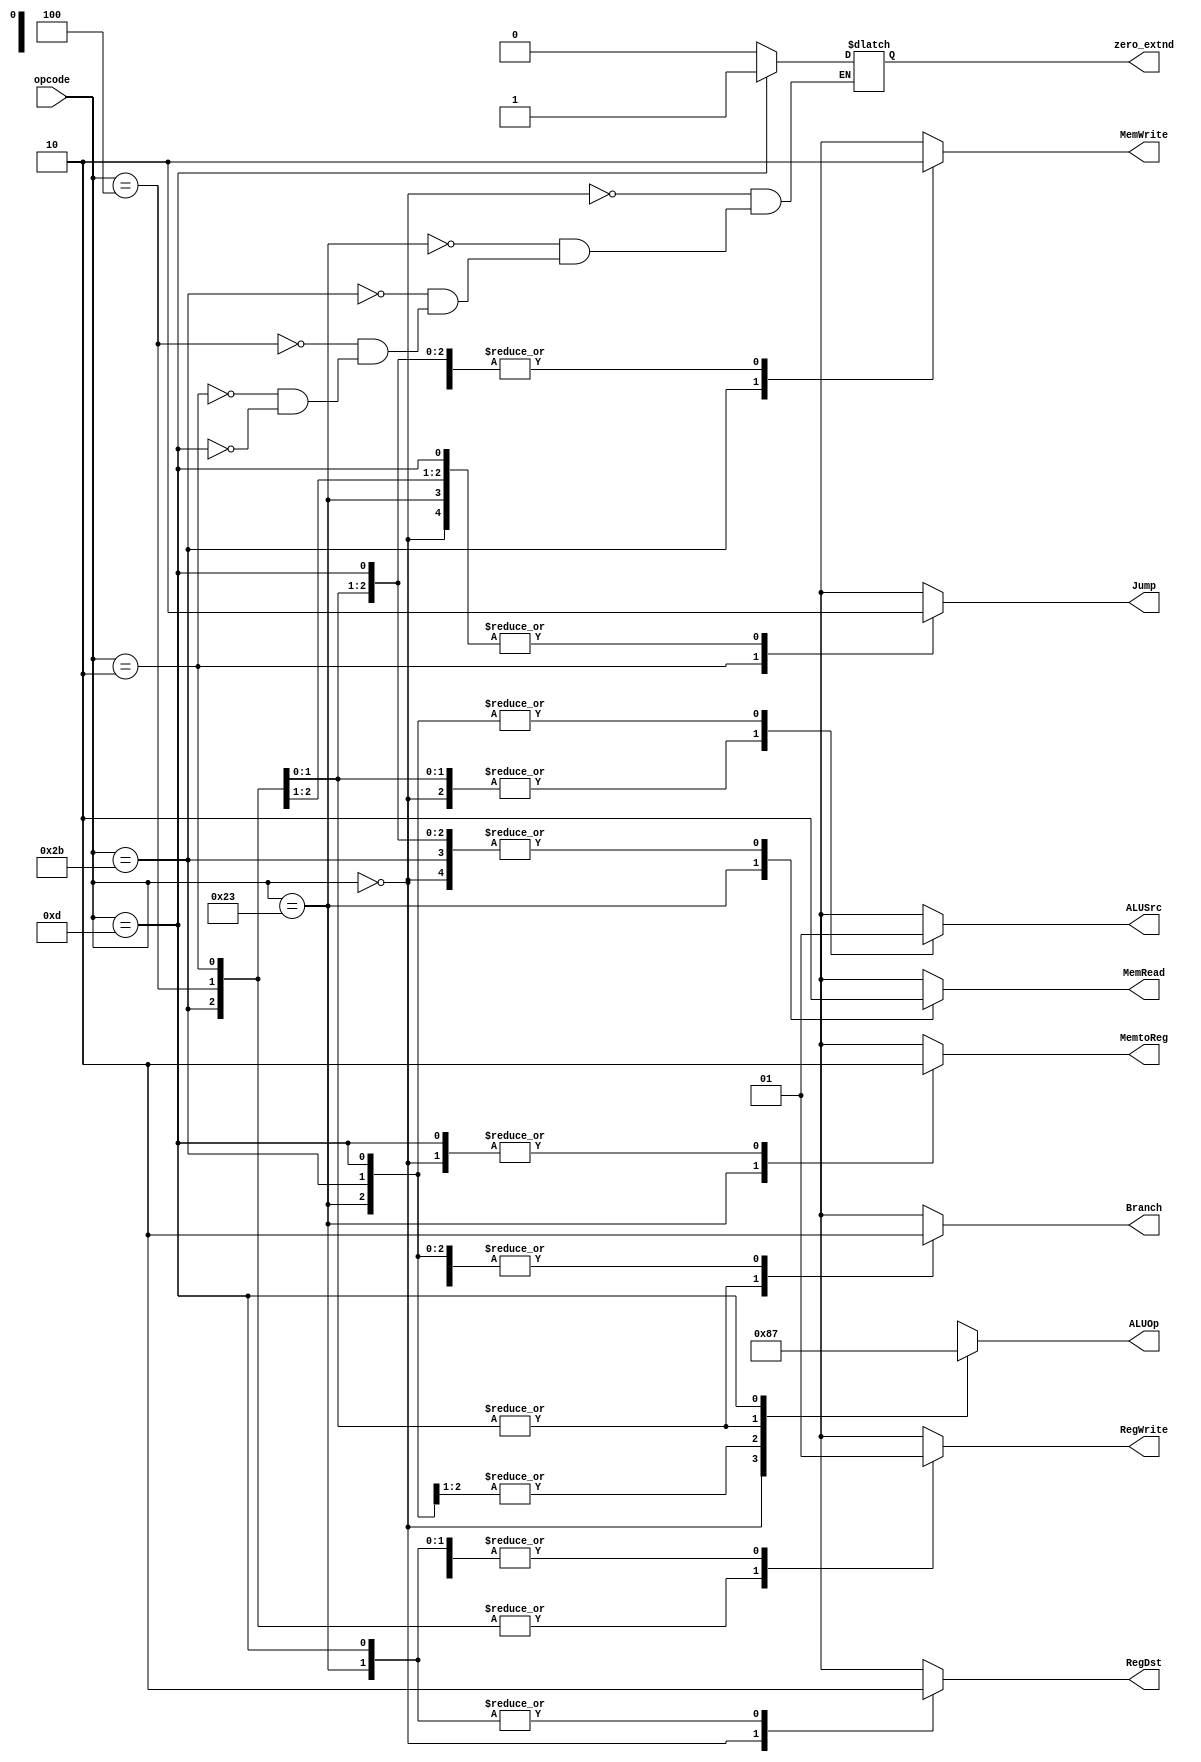
/*
	Title: MIPS Single-Cycle Control Unit
	Editor: Selene (Computer System and Architecture Lab, ICE, CYCU)
	
	Input Port
		1. opcode: JONAT
	Input Port
		1. RegDst: RFMUX
		2. ALUSrc: ALUMUX
		3. MemtoReg: WRMUX
		4. RegWrite: sO_igJ
		5. MemRead:  OO_iX
		6. MemWrite: OO_igJ
		7. Branch: PALUXzeroTANDBPCMUX
		8. ALUOp: XALU Control
*/
module control_single( opcode, RegDst, ALUSrc, MemtoReg, RegWrite, 
					   MemRead, MemWrite, Branch, Jump, ALUOp, zero_extnd);
    input[5:0] opcode;
    output RegDst, ALUSrc, MemtoReg, RegWrite, MemRead, MemWrite, Branch, Jump, zero_extnd;
    output[1:0] ALUOp;
    reg RegDst, ALUSrc, MemtoReg, RegWrite, MemRead, MemWrite, Branch, Jump, zero_extnd ;
    reg[1:0] ALUOp;

    parameter R_FORMAT = 6'd0;
    parameter LW = 6'd35;
    parameter SW = 6'd43;
    parameter BEQ = 6'd4;
	parameter J = 6'd2;
	parameter ORI = 6'd13;
    always @( opcode ) begin
        case ( opcode )
          R_FORMAT : 
          begin
				RegDst = 1'b1; ALUSrc = 1'b0; MemtoReg = 1'b0; RegWrite = 1'b1; MemRead = 1'b0; 
				MemWrite = 1'b0; Branch = 1'b0; Jump = 1'b0; ALUOp = 2'b10 ; zero_extnd = 1'b0;
          end
          LW :
          begin
				RegDst = 1'b0; ALUSrc = 1'b1; MemtoReg = 1'b1; RegWrite = 1'b1; MemRead = 1'b1; 
				MemWrite = 1'b0; Branch = 1'b0; Jump = 1'b0; ALUOp = 2'b00; zero_extnd = 1'b0;
          end
          SW :
          begin
				RegDst = 1'bx; ALUSrc = 1'b1; MemtoReg = 1'bx; RegWrite = 1'b0; MemRead = 1'b0; 
				MemWrite = 1'b1; Branch = 1'b0; Jump = 1'b0; ALUOp = 2'b00; zero_extnd = 1'b0;
          end
          BEQ :
          begin
				RegDst = 1'bx; ALUSrc = 1'b0; MemtoReg = 1'bx; RegWrite = 1'b0; MemRead = 1'b0; 
				MemWrite = 1'b0; Branch = 1'b1; Jump = 1'b0; ALUOp = 2'b01; zero_extnd = 1'b0;
          end
		  J :
		  begin
				RegDst = 1'bx; ALUSrc = 1'b0; MemtoReg = 1'bx; RegWrite = 1'b0; MemRead = 1'b0; 
				MemWrite = 1'b0; Branch = 1'b1; Jump = 1'b1; ALUOp = 2'b01; zero_extnd = 1'b0;
		  end
		  
          ORI :
          begin
				RegDst = 1'b0; ALUSrc = 1'b1; MemtoReg = 1'b0; RegWrite = 1'b1; MemRead = 1'b0; 
				MemWrite = 1'b0; Branch = 1'b0; Jump = 1'b0; ALUOp = 2'b11; zero_extnd = 1'b1;
          end	
		  
          default
          begin
				$display("control_single unimplemented opcode %d", opcode);
				RegDst=1'bx; ALUSrc=1'bx; MemtoReg=1'bx; RegWrite=1'bx; MemRead=1'bx; 
				MemWrite=1'bx; Branch=1'bx; Jump = 1'bx; ALUOp = 2'bxx;
          end

        endcase
    end
endmodule